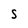
Character: s